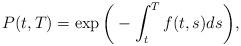
LaTeX: \begin{align*}P(t,T) = \exp \bigg( -\int_t^T f(t,s)ds \bigg),\end{align*}